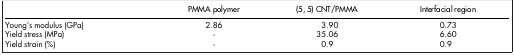
|  | PMMA polymer | (5, 5) CNT/PMMA | Interfacial region |
 | --- | --- | --- | --- |
 | Young's modulus (GPa) | 2.86 | 3.90 | 0.73 |
 | Yield stress (MPa) | - | 35.06 | 6.60 |
 | Yield strain (%) | - | 0.9 | 0.9 |